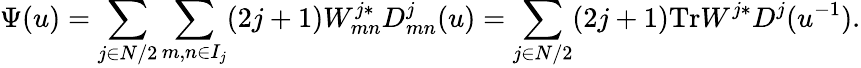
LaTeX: \Psi(u)=\sum_{j\in N/2}\sum_{m,n\in I_{j}}(2j+1)W_{mn}^{j*}D_{mn}^{j}(u)=\sum_{j\in N/2}(2j+1)\mathrm{Tr}W^{j*}D^{j}(u^{-1}).